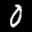
Label: 0